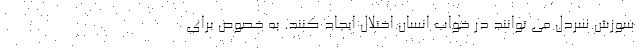
سوزش سردل می توانند در خواب انسان اختلال ایجاد کنند. به خصوص برای